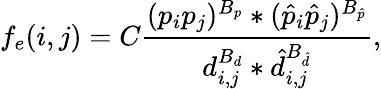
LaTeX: f_{e}(i,j)=C\frac{(p_{i}p_{j})^{B_{p}}*(\hat{p}_{i}\hat{p}_{j})^{B_{\hat{p}}}}{d_{i,j}^{B_{d}}*\hat{d}_{i,j}^{B_{\hat{d}}}},